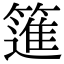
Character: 𥳟